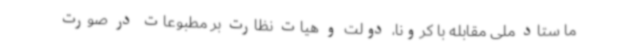
ما ستاد ملی مقابله با کرونا، دولت و هیات نظارت بر مطبوعات در صورت